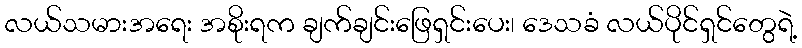
လယ်သမားအရေး အစိုးရက ချက်ချင်းဖြေရှင်းပေး၊ ဒေသခံ လယ်ပိုင်ရှင်တွေရဲ့